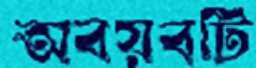
অবয়বটি